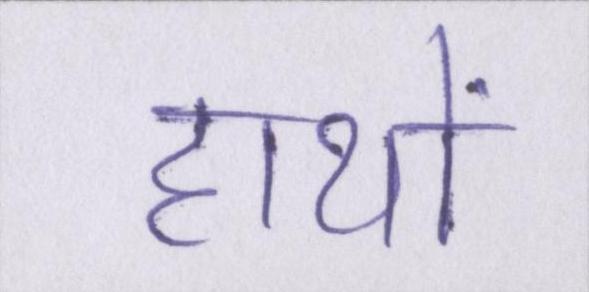
हाथों